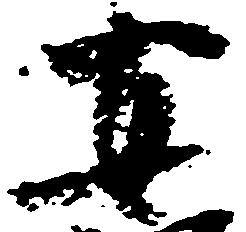
安